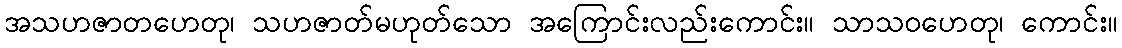
အသဟဇာတဟေတု၊ သဟဇာတ်မဟုတ်သော အကြောင်းလည်းကောင်း။ သာသဝဟေတု၊ ကောင်း။